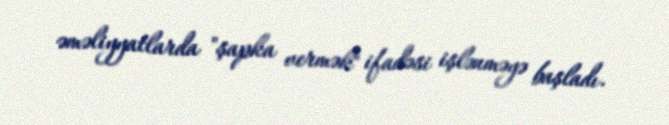
əməliyyatlarda "şapka vermək" ifadəsi işlənməyə başladı.